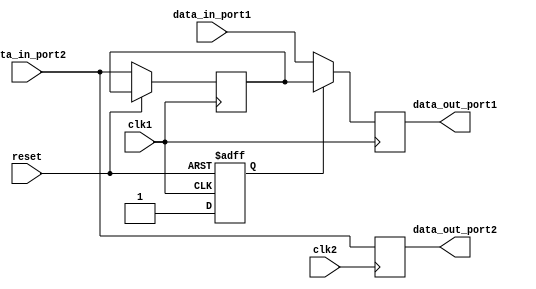
module dual_port_bypass_register (
    input wire clk1,          // Clock signal for port 1
    input wire clk2,          // Clock signal for port 2
    input wire reset,         // Reset signal
    input wire data_in_port1, // Data input for port 1
    input wire data_in_port2, // Data input for port 2
    output reg data_out_port1, // Data output for port 1
    output reg data_out_port2 // Data output for port 2
);

reg bypass_enable;
reg bypassed_data;

// Bypass logic
always @(posedge clk1 or posedge reset) begin
    if (reset) begin
        bypass_enable <= 0;
    end else begin
        bypass_enable <= 1;
        bypassed_data <= data_in_port2;
    end
end

// Data synchronization and output
always @(posedge clk1) begin
    if (bypass_enable) begin
        data_out_port1 <= bypassed_data;
    end else begin
        data_out_port1 <= data_in_port1;
    end
end

always @(posedge clk2) begin
    data_out_port2 <= data_in_port2;
end

endmodule